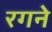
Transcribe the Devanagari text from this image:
रगने